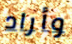
وأراد